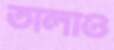
তালাও